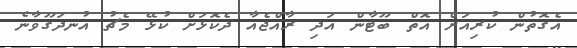
އެގޮތުން ކުރިއަށް އޮތް ބޫޓާން އަދި ރާއްޖެއާ ދެކޮޅަށް ކުޅޭ މެޗު އުނދަގޫވާނެ